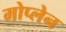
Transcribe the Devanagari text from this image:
मोप्लेन